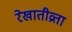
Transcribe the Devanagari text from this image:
रेखातीव्रता